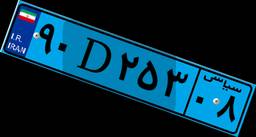
۷۲D۷۴۴۶۳